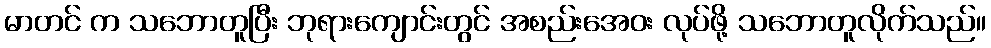
မာတင် က သဘောတူပြီး ဘုရားကျောင်းတွင် အစည်းအေဝး လုပ်ဖို့ သဘောတူလိုက်သည်။